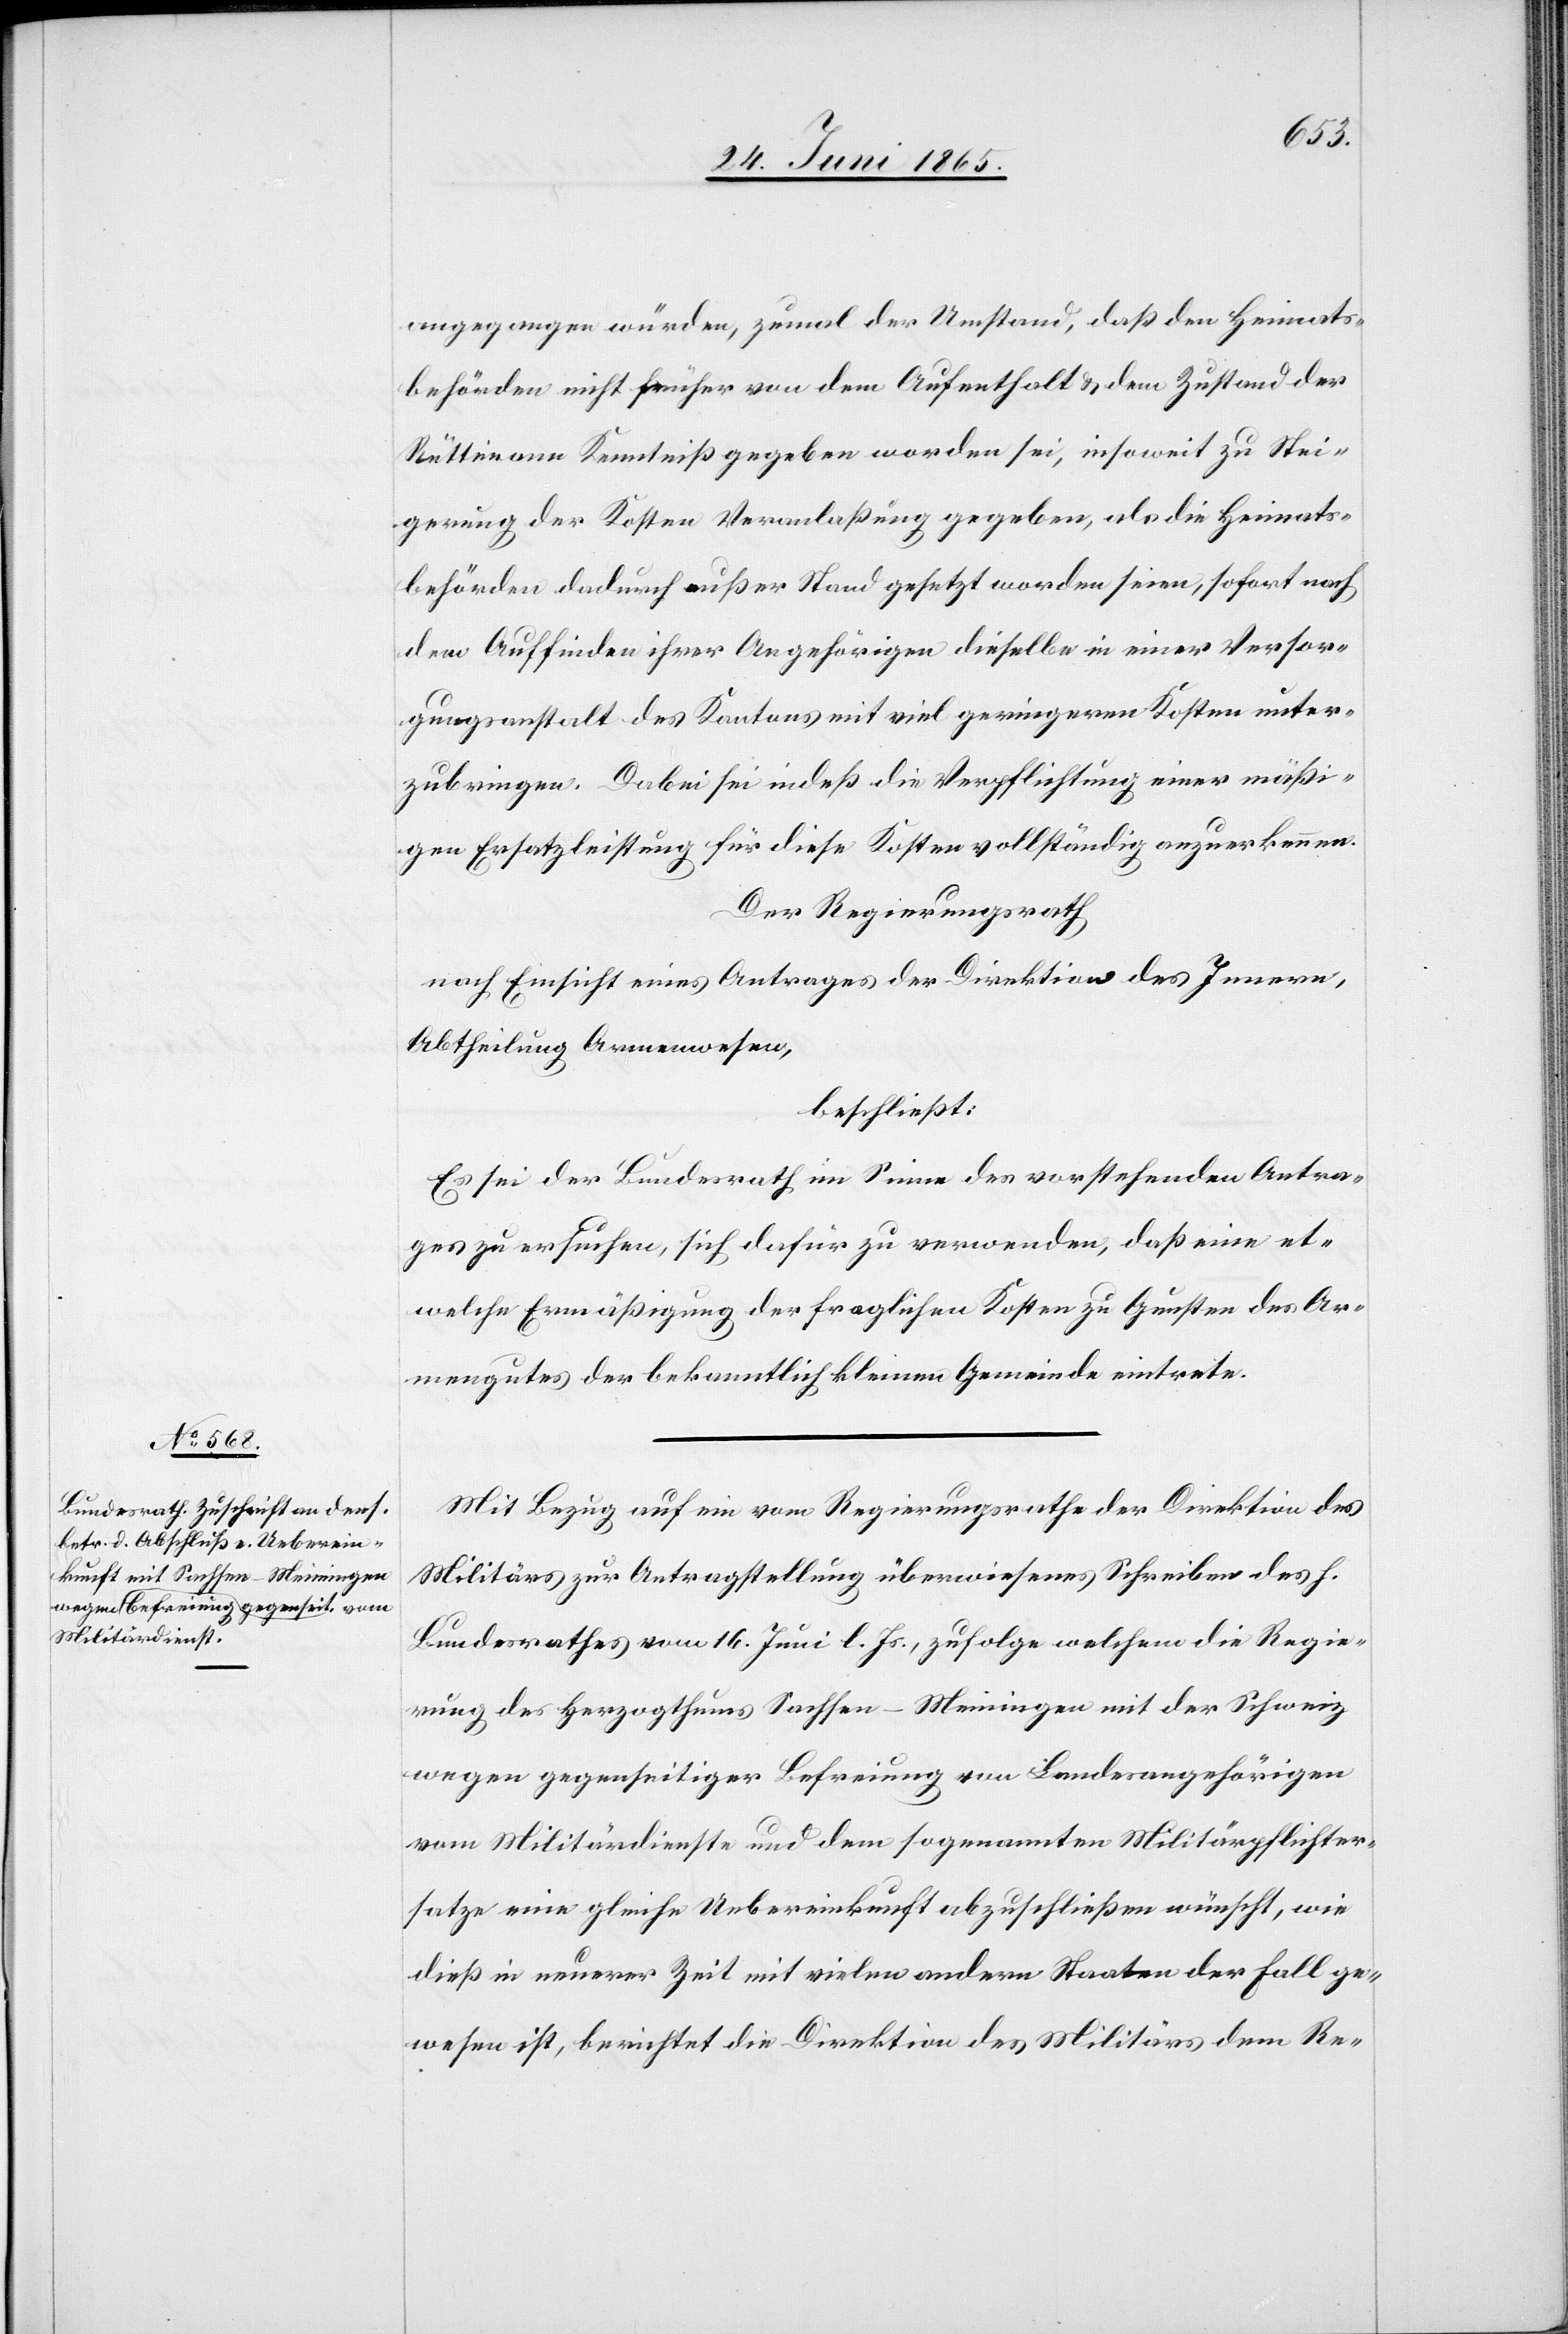
angegangen würden, zumal der Umstand, daß den Heimats¬
behörden nicht früher von dem Aufenthalt & dem Zustand der
Rüttimann Kenntniß gegeben worden sei, insoweit zu Stei¬
gerung der Kosten Veranlaßung gegeben, als die Heimats¬
behörden dadurch außer Stand gesetzt worden seien, sofort nach
dem Auffinden ihrer Angehörigen dieselbe in einer Versor¬
gungsanstalt des Kantons mit viel geringeren Kosten unter¬
zubringen. Dabei sei indeß die Verpflichtung einer mäßi¬
gen Ersatzleistung für diese Kosten vollständig anzuerkennen.
Der Regierungsrath
nach Einsicht eines Antrages der Direktion des Innern,
Abtheilung Armenwesen,
beschließt:
Es sei der Bundesrath im Sinne des vorstehenden Antra¬
ges zu ersuchen, sich dafür zu verwenden, daß eine et¬
welche Ermäßigung der fraglichen Kosten zu Gunsten des Ar¬
mengutes der bekanntlich kleinen Gemeinde eintrete.
Mit Bezug auf ein vom Regierungsrathe der Direktion des
Militärs zur Antragstellung überwiesenes Schreiben des h.
Bundesrathes vom 16. Juni l. Js., zufolge welchem die Regie¬
rung des Herzogthums Sachsen-Meiningen mit der Schweiz
wegen gegenseitiger Befreiung von Landesangehörigen
vom Militärdienste und dem sogenannten Militärpflichter¬
satze eine gleiche Uebereinkunft abzuschließen wünscht, wie
dieß in neuerer Zeit mit vielen andern Staaten der Fall ge¬
wesen ist, berichte die Direktion des Militärs dem Re-